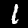
Label: 1